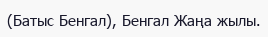
(Батыс Бенгал), Бенгал Жаңа жылы.